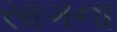
સાગના